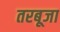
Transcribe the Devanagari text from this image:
तरबूजा